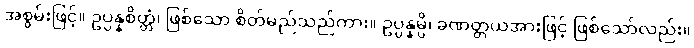
အစွမ်းဖြင့်။ ဥပ္ပန္နစိတ္တံ၊ ဖြစ်သော စိတ်မည်သည်ကား။ ဥပ္ပန္နမ္ပိ၊ ခဏတ္တယအားဖြင့် ဖြစ်သော်လည်း။